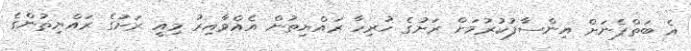
އެ ބަތްޕެނަށް އިންސާފުކުުރުމަށް ރަށުގެ ހުރިހާ ރައްޔިތުން އެއްވާއިރު މިއީ ރަށުގެ ރައްޔިތުންގެ